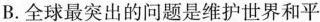
B.全球最突出的问题是维护世界和平